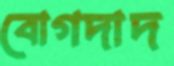
বোগদাদ